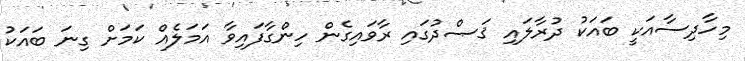
މިހާދިސާއަކީ ބައަކު ދުރާލައި ޤަޞްދުގައި ރާވައިގެން ހިންގާފައިވާ އަމަލެއް ކަމަށް ގިނަ ބައަކު